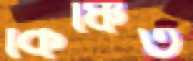
কিঞ্চিত